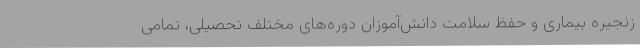
زنجیره بیماری و حفظ سلامت دانش‌آموزان دوره‌های مختلف تحصیلی، تمامی